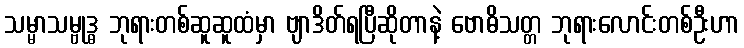
သမ္မာသမ္ဗုဒ္ဓ ဘုရားတစ်ဆူဆူထံမှာ ဗျာဒိတ်ရပြီဆိုတာနဲ့ ဗောဓိသတ္တ ဘုရားလောင်းတစ်ဦးဟာ